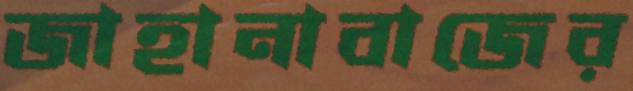
জাহানাবাজের